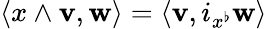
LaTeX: \langle x\wedge\mathbf{v},\mathbf{w}\rangle=\langle\mathbf{v},i_{x^{\flat}}\mathbf{w}\rangle